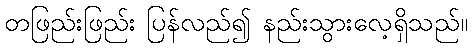
တဖြည်းဖြည်း ပြန်လည်၍ နည်းသွားလေ့ရှိသည်။